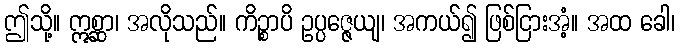
ဤသို့။ ဣစ္ဆာ၊ အလိုသည်။ ကိဉ္စာပိ ဥပ္ပဇ္ဇေယျ၊ အကယ်၍ ဖြစ်ငြားအံ့။ အထ ခေါ၊